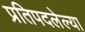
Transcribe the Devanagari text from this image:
प्रतिपदलेल्या